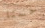
حسنا